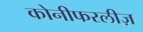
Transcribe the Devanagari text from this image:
कोनीफरलीज़